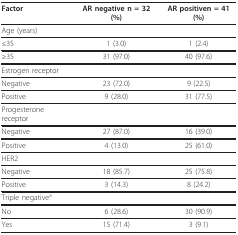
| Factor | AR negative n = 32 (%) | AR positiven = 41 (%) |
 | --- | --- | --- |
 | Age (years) |  |  |
 | ≤35 | 1 (3.0) | 1 (2.4) |
 | ≥35 | 31 (97.0) | 40 (97.6) |
 | Estrogen receptor |  |  |
 | Negative | 23 (72.0) | 9 (22.5) |
 | Positive | 9 (28.0) | 31 (77.5) |
 | Progesterone receptor |  |  |
 | Negative | 27 (87.0) | 16 (39.0) |
 | Positive | 4 (13.0) | 25 (61.0) |
 | HER2 |  |  |
 | Negative | 18 (85.7) | 25 (75.8) |
 | Positive | 3 (14.3) | 8 (24.2) |
 | Triple negativea |  |  |
 | No | 6 (28.6) | 30 (90.9) |
 | Yes | 15 (71.4) | 3 (9.1) |